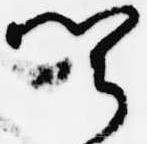
聞